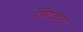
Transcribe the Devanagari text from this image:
रेस्टिट्युटर